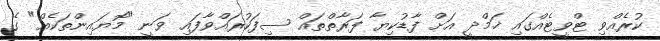
ކުރެއްވި ޓްވީޓެއްގައި ޚަމްދީ އަށް ފާޑުކިޔާ ފަރާތްތައް ސިފަކުރައްވާފައި ވަނީ "މޮޔައިންތަކެއް" ގެ